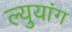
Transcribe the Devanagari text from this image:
ल्युयांग